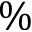
\%